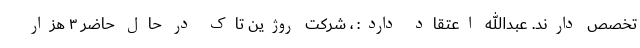
تخصص دارند. عبدالله اعتقاد دارد: ، شرکت روژین تاک در حال حاضر ۳ هزار